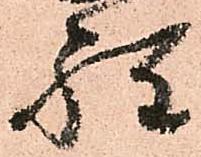
程